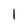
Character: 1